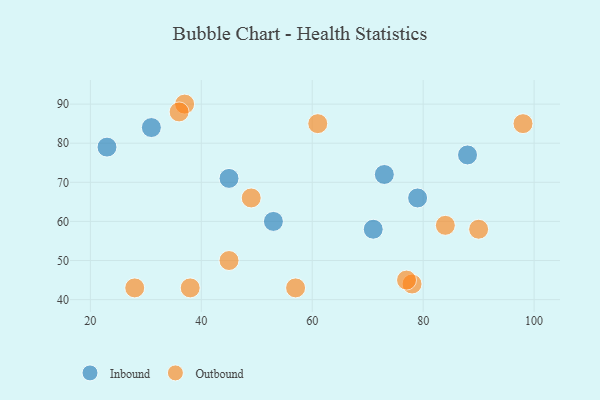
{"axis": {"x": "GDP", "y": "Life Expectancy"}, "legend": ["Inbound", "Outbound"], "data": [{"x": "23", "y": 79, "type": "Inbound"}, {"x": "31", "y": 84, "type": "Inbound"}, {"x": "71", "y": 58, "type": "Inbound"}, {"x": "88", "y": 77, "type": "Inbound"}, {"x": "45", "y": 71, "type": "Inbound"}, {"x": "73", "y": 72, "type": "Inbound"}, {"x": "79", "y": 66, "type": "Inbound"}, {"x": "53", "y": 60, "type": "Inbound"}, {"x": "98", "y": 85, "type": "Outbound"}, {"x": "90", "y": 58, "type": "Outbound"}, {"x": "45", "y": 50, "type": "Outbound"}, {"x": "38", "y": 43, "type": "Outbound"}, {"x": "49", "y": 66, "type": "Outbound"}, {"x": "28", "y": 43, "type": "Outbound"}, {"x": "37", "y": 90, "type": "Outbound"}, {"x": "84", "y": 59, "type": "Outbound"}, {"x": "36", "y": 88, "type": "Outbound"}, {"x": "57", "y": 43, "type": "Outbound"}, {"x": "61", "y": 85, "type": "Outbound"}, {"x": "78", "y": 44, "type": "Outbound"}, {"x": "77", "y": 45, "type": "Outbound"}]}